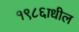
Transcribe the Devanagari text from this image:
१९८६ाधील